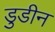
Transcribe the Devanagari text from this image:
डुडीन